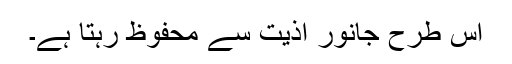
اس طرح جانور اذیت سے محفوظ رہتا ہے۔